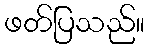
ဖတ်ပြသည်။